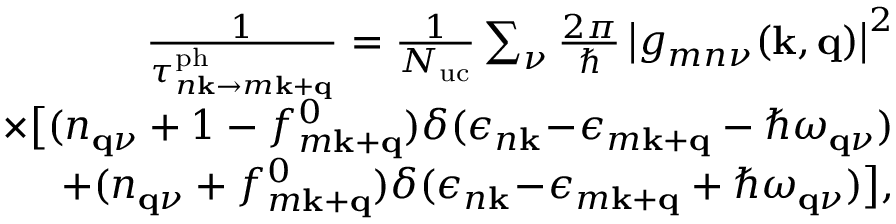
\begin{array} { r l r } & { } & { \frac { 1 } { \tau _ { n \mathbf { k } \to m \mathbf { k } + \mathbf { q } } ^ { \mathrm { p h } } } = \frac { 1 } { N _ { \mathrm { u c } } } \sum _ { \nu } \frac { 2 \pi } { \hbar } \left| g _ { m n \nu } ( \mathbf { k } , \mathbf { q } ) \right| ^ { 2 } } \\ & { } & { \times \big [ ( n _ { \mathbf { q } \nu } + 1 - f _ { m \mathbf { k } + \mathbf { q } } ^ { 0 } ) \delta ( \epsilon _ { n \mathbf { k } } \! - \! \epsilon _ { m \mathbf { k } + \mathbf { q } } - \hbar \omega _ { \mathbf { q } \nu } ) } \\ & { } & { + ( n _ { \mathbf { q } \nu } + f _ { m \mathbf { k } + \mathbf { q } } ^ { 0 } ) \delta ( \epsilon _ { n \mathbf { k } } \! - \! \epsilon _ { m \mathbf { k } + \mathbf { q } } + \hbar \omega _ { \mathbf { q } \nu } ) \big ] , } \end{array}